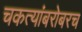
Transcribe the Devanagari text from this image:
चकत्यांबरोबरच